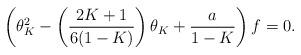
LaTeX: \begin{align*} \left(\theta_K^2 - \left(\frac{2K+1}{6(1-K)}\right)\theta_K + \frac{a}{1-K}\right)f = 0.\end{align*}